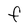
Character: F